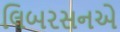
લિબરસનએ